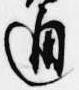
通